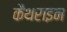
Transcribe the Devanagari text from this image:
कैथराइन